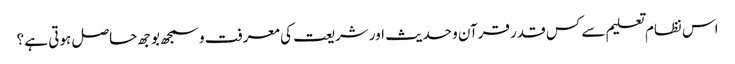
اس نظام تعلیم سے کس قدر قرآن و حدیث اور شریعت کی معرفت و سمجھ بوجھ حاصل ہوتی ہے ؟